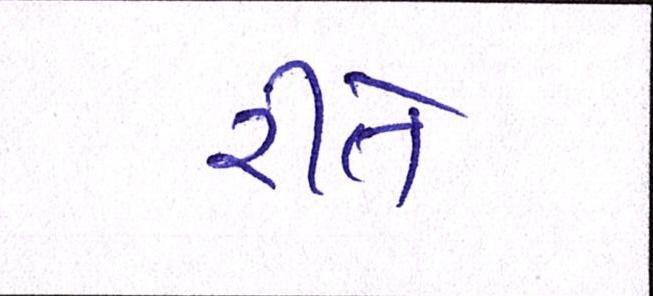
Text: રીતે